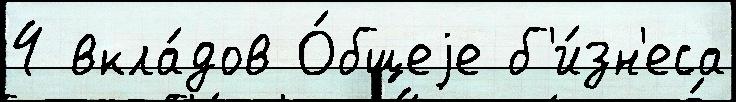
4 вкла́дов О́бщеjе б'и́зн'еса